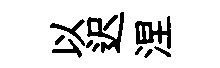
以迟涅